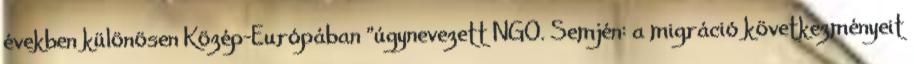
években különösen Közép-Európában "úgynevezett NGO. Semjén: a migráció következményeit